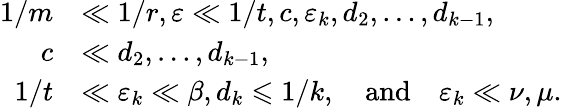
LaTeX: \begin{array}{rl}{1/m}&{\ll 1/r,\varepsilon\ll 1/t,c,\varepsilon_{k},d_{2},\dots,d_{k-1},}\\ {c}&{\ll d_{2},\dots,d_{k-1},}\\ {1/t}&{\ll\varepsilon_{k}\ll\beta,d_{k}\leqslant 1/k,\quad\mathrm{and}\quad\varepsilon_{k}\ll\nu,\mu.}\end{array}